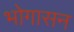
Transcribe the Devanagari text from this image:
भोगासन